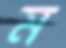
ম